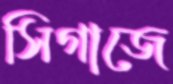
সিগাজে